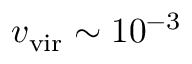
v _ { \mathrm { v i r } } \sim 1 0 ^ { - 3 }